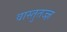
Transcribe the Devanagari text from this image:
वास्तुतज्ज्ञ